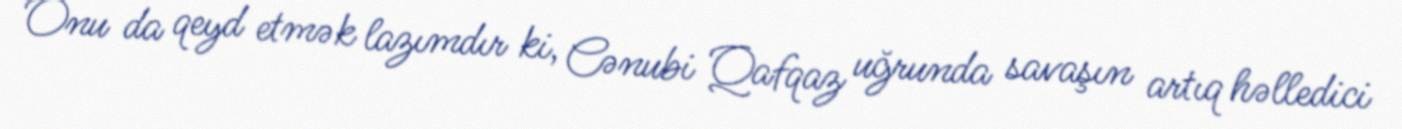
Onu da qeyd etmək lazımdır ki, Cənubi Qafqaz uğrunda savaşın artıq həlledici